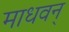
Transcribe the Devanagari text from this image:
माधवन्